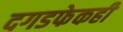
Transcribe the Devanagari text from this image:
दगडफेकही